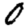
Digit: 0